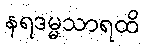
နရဒမ္မသာရထိ